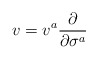
\begin{align*}v=v^{a}\frac{\partial }{\partial \sigma ^{a}}\end{align*}